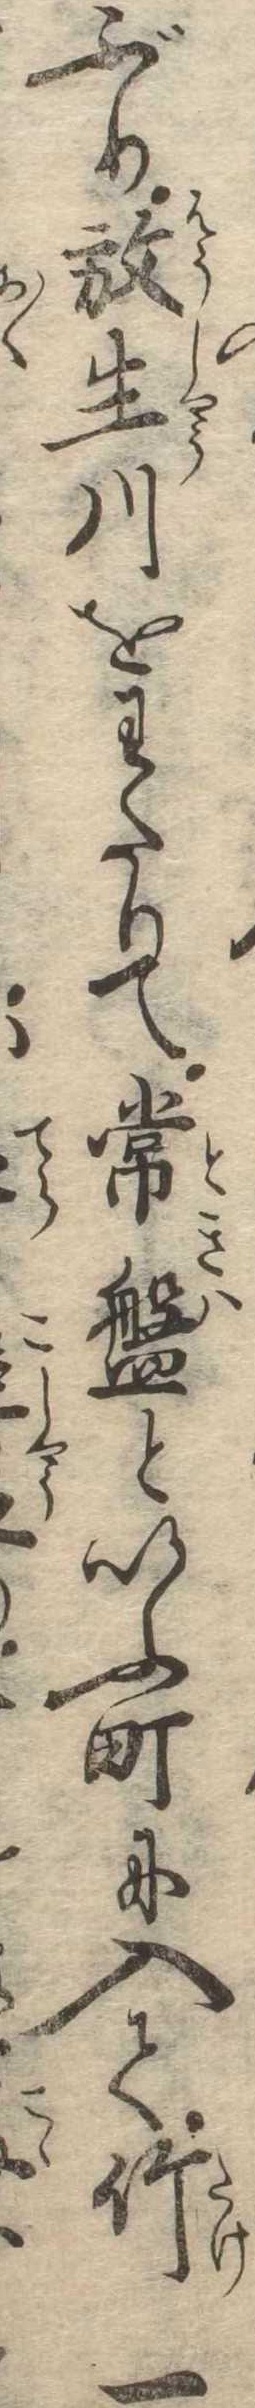
ぶり放生川をわたりて常盤といふ町に入て竹一